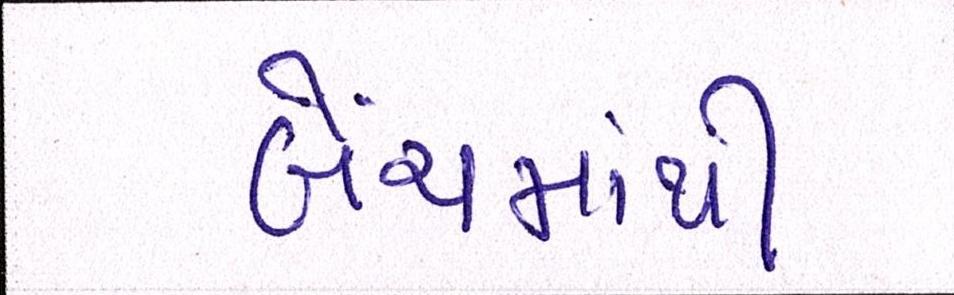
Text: બેચમાંથી